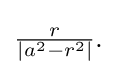
{\textstyle {\frac {r}{|a^{2}-r^{2}|}}.}